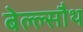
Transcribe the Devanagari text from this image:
बेल्ल्सौथ